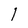
Character: 1